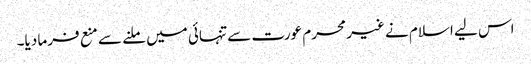
اس لیے اسلام نے غیر محرم عورت سے تنہائی میں ملنے سے منع فرما دیا۔